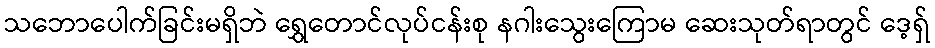
သဘောပေါက်ခြင်းမရှိဘဲ ရွှေတောင်လုပ်ငန်းစု နဂါးသွေးကြောမ ဆေးသုတ်ရာတွင် ဒေ့ရှ်